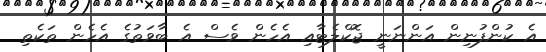
އެ ކުންފުނިން އަންނަނީ ޖޮކްލެޓާއި އެހެން ވެސް އެ ބާވަތުގެ އެހެން ތަކެތި